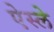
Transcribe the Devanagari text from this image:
ऐस्ले